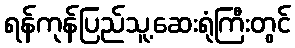
ရန်ကုန်ပြည်သူ့ဆေးရုံကြီးတွင်